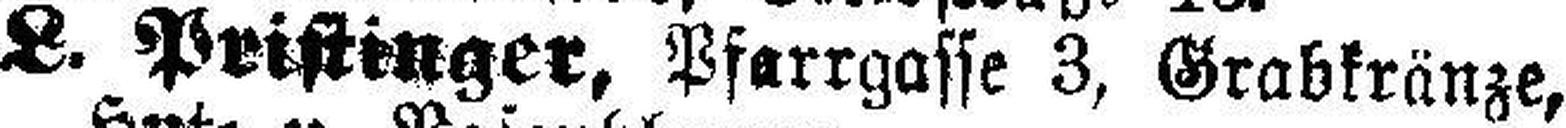
L. Pristinger, Pfarrgasse 3, Grabkränze,